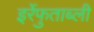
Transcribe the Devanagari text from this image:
इर्रेफुताब्ली